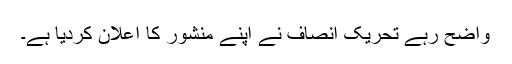
واضح رہے تحریک انصاف نے اپنے منشور کا اعلان کردیا ہے۔